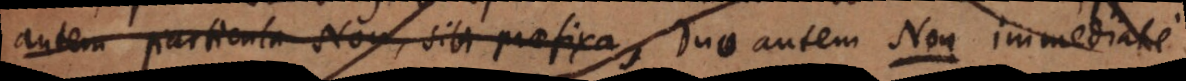
autem particula Non, sibi praefixa, Duo autem Non immediate